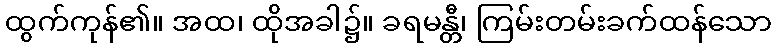
ထွက်ကုန်၏။ အထ၊ ထိုအခါ၌။ ခရမန္တီ၊ ကြမ်းတမ်းခက်ထန်သော